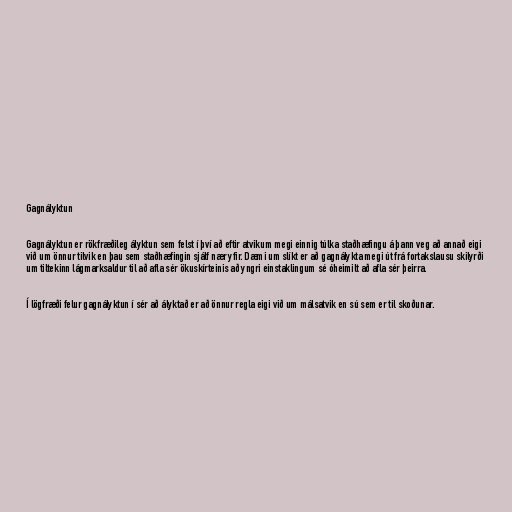
Gagnályktun

Gagnályktun er rökfræðileg ályktun sem felst í því að eftir atvikum megi einnig túlka staðhæfingu á þann veg að annað eigi
við um önnur tilvik en þau sem staðhæfingin sjálf nær yfir. Dæmi um slíkt er að gagnálykta megi út frá fortakslausu skilyrði
um tiltekinn lágmarksaldur til að afla sér ökuskírteinis að yngri einstaklingum sé óheimilt að afla sér þeirra.

Í lögfræði felur gagnályktun í sér að ályktað er að önnur regla eigi við um málsatvik en sú sem er til skoðunar.